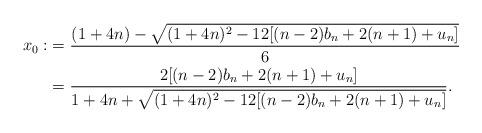
LaTeX: \begin{align*}x_0:&=\frac{(1+4n)-\sqrt{(1+4n)^{2}-12[(n-2)b_n+2(n+1)+u_n]}}{6}\\&=\frac{2[(n-2)b_n+2(n+1)+u_n]}{1+4n+\sqrt{(1+4n)^{2}-12[(n-2)b_n+2(n+1)+u_n]}}.\end{align*}